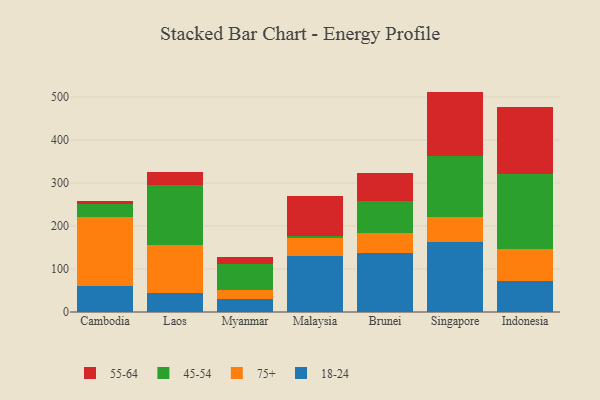
{"axis": {"x": "Country", "y": "Budget (USD K)"}, "legend": ["18-24", "45-54", "55-64", "75+"], "data": [{"x": "Cambodia", "y": 60.5, "type": "18-24"}, {"x": "Cambodia", "y": 160.1, "type": "75+"}, {"x": "Cambodia", "y": 31.3, "type": "45-54"}, {"x": "Cambodia", "y": 7.2, "type": "55-64"}, {"x": "Laos", "y": 44.7, "type": "18-24"}, {"x": "Laos", "y": 110.3, "type": "75+"}, {"x": "Laos", "y": 140.8, "type": "45-54"}, {"x": "Laos", "y": 30.8, "type": "55-64"}, {"x": "Myanmar", "y": 30.0, "type": "18-24"}, {"x": "Myanmar", "y": 22.1, "type": "75+"}, {"x": "Myanmar", "y": 59.1, "type": "45-54"}, {"x": "Myanmar", "y": 16.8, "type": "55-64"}, {"x": "Malaysia", "y": 130.5, "type": "18-24"}, {"x": "Malaysia", "y": 41.5, "type": "75+"}, {"x": "Malaysia", "y": 5.0, "type": "45-54"}, {"x": "Malaysia", "y": 91.6, "type": "55-64"}, {"x": "Brunei", "y": 136.2, "type": "18-24"}, {"x": "Brunei", "y": 46.8, "type": "75+"}, {"x": "Brunei", "y": 74.0, "type": "45-54"}, {"x": "Brunei", "y": 65.7, "type": "55-64"}, {"x": "Singapore", "y": 163.9, "type": "18-24"}, {"x": "Singapore", "y": 56.2, "type": "75+"}, {"x": "Singapore", "y": 142.7, "type": "45-54"}, {"x": "Singapore", "y": 149.7, "type": "55-64"}, {"x": "Indonesia", "y": 72.9, "type": "18-24"}, {"x": "Indonesia", "y": 73.8, "type": "75+"}, {"x": "Indonesia", "y": 174.9, "type": "45-54"}, {"x": "Indonesia", "y": 154.6, "type": "55-64"}]}